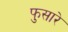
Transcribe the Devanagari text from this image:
फुसारे